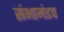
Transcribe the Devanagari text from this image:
संभामंडप